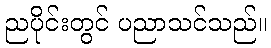
ညပိုင်းတွင် ပညာသင်သည်။